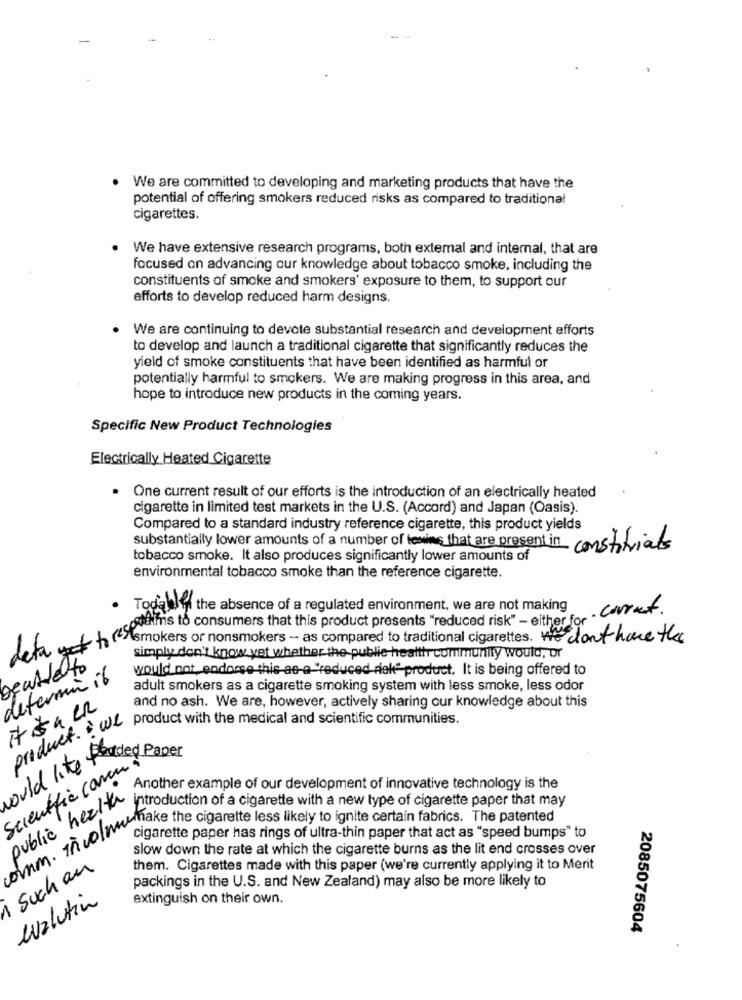
-
We are committed to developing and marketing products that have the
potential of offering smokers reduced risks as compared to traditional
cigarettes.
We have extensive research programs, both extemal and internal, that are
focused on advancing our knowledge about tobacco smoke, including the
constituents of smoke and smokers' exposure to them, to support our
efforts to develop reduced harm designs.
We are continuing to devote substantial research and development efforts
to develop and launch a traditional cigarette that significantly reduces the
yield of smoke constituents that have been identified as harmful or
potentially harmful to smokers. We are making progress in this area, and
hope to introduce new products in the coming years.
Specific New Product Technologies
Electrically Heated Cigarette
One current result of our efforts is the introduction of an electrically heated
cigarette in limited test markets in the U.S. (Accord) and Japan (Oasis).
Compared to a standard industry reference cigarette, this product yields
substantially lower amounts of a number of tewins that are present in constitrials
tobacco smoke. It also produces significantly lower amounts of
environmental tobacco smoke than the reference cigarette.
Todalle the absence of a regulated environment, we are not making
tamis to consumers that this product presents "reduced risk" - either for . C.
lefautsmokers or nonsmokers -- as compared to traditional cigarettes. We don't have the
simply don't know vet whether the public health community would, DI
sentletto
would not,endorse this-as-a-"reduced rek" product. It is being offered to
determin il
adult smokers as a cigarette smoking system with less smoke, less odor
and no ash. We are, however, actively sharing our knowledge about this
product. product with the medical and scientific communities.
would like feaded Paper
Scientific comen
Another example of our development of innovative technology is the
public health
introduction of a cigarette with a new type of cigarette paper that may
Pum. invol" cigaretin cigarette less likely to ignite certain fabrics. The Pal
cigarette paper has rings of ultra-thin paper that act as "speed bumps" to
slow down the rate at which the cigarette burns as the lit end crosses over
1 Such an
them. Cigarettes made with this paper (we're currently applying it to Merit
packings in the U.S. and New Zealand) may also be more likely to
evolution
extinguish on their own.
2085075604